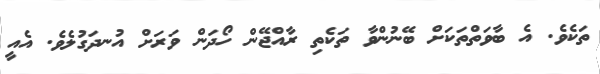
ތަކެވެ. އެ ބާވަތްތަކަށް ބޭނުންވާ ތަކެތި ރާއްޖޭން ހޯދަން ވަރަށް އުނދަގުލެވެ. އެއީ